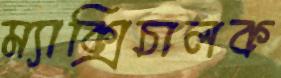
ম্যাক্সিচালক